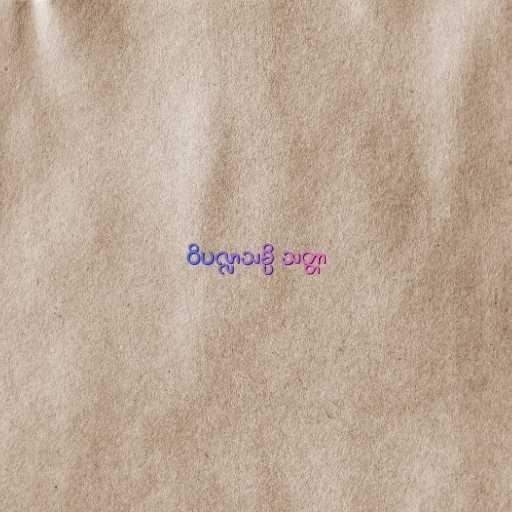
ဝိပလ္လာသမ္ပိ သတ္တာ